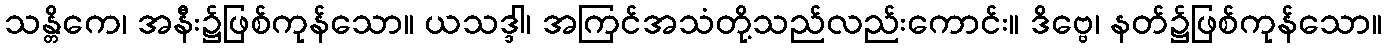
သန္တိကေ၊ အနီး၌ဖြစ်ကုန်သော။ ယသဒ္ဒါ၊ အကြင်အသံတို့သည်လည်းကောင်း။ ဒိဗ္ဗေ၊ နတ်၌ဖြစ်ကုန်သော။